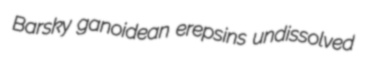
Barsky ganoidean erepsins undissolved